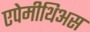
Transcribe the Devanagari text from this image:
एपेमीथिअस